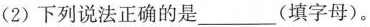
(2)下列说法正确的是___(填字母)。